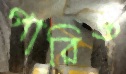
পারিও